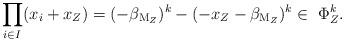
LaTeX: \begin{align*}\prod_{i \in I} (x_i+x_Z)=(-\beta_{\mathrm{M}_Z})^k-(-x_Z-\beta_{\mathrm{M}_Z})^k \in \ \Phi_Z^k.\end{align*}